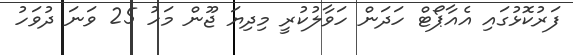
ފަރުކޮޅުގައި އެއާޕޯޓް ހަދަން ހަވާލުކުރީ މިދިޔަ ޖޫން މަހު 25 ވަނަ ދުވަހު